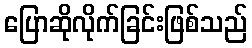
ပြောဆိုလိုက်ခြင်းဖြစ်သည်